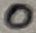
Text: 0